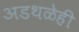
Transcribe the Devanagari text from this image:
अडथळेही